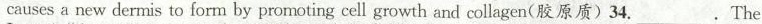
causes a new dermis to form by promoting cell growth and collagen（胶原质）34.___.The